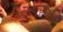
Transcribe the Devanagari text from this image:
चट्ट्यापट्टयाचे